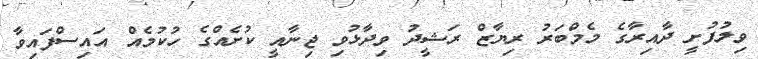
ވިލުފުށީ ދާއިރާގެ މެމްބަރު ރިޔާޒް ރަޝީދު ވިދާޅުވި ޖިނާއީ ކުށެއްގެ ހުކުމެއް އައިސްފައިވާ